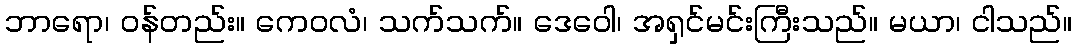
ဘာရော၊ ဝန်တည်း။ ကေဝလံ၊ သက်သက်။ ဒေဝေါ၊ အရှင်မင်းကြီးသည်။ မယာ၊ ငါသည်။